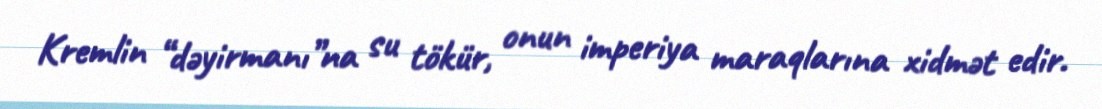
Kremlin “dəyirmanı”na su tökür, onun imperiya maraqlarına xidmət edir.